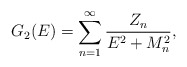
\begin{align*}G_2(E) = \sum_{n=1}^\infty { Z_n \over E^2+M_n^2},\end{align*}